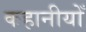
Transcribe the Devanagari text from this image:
कहानीयोँ